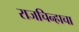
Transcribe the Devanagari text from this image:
राजचिन्हाचा